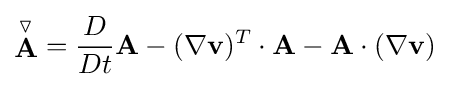
{\stackrel {\triangledown }{\mathbf {A} }}={\frac {D}{Dt}}\mathbf {A} -(\nabla \mathbf {v} )^{T}\cdot \mathbf {A} -\mathbf {A} \cdot (\nabla \mathbf {v} )